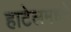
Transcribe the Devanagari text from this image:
हाटेलमध्ये